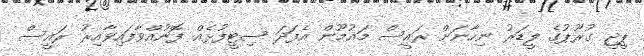
ޕީޖީ ގުރޫޕުގެ ލީޑަރު ނިހާނަށް ރައީސް މައުމޫން އެފަދަ ސިޓީފުޅެއް ފޮނުއްވާފައިވާއިރު ރައީސް